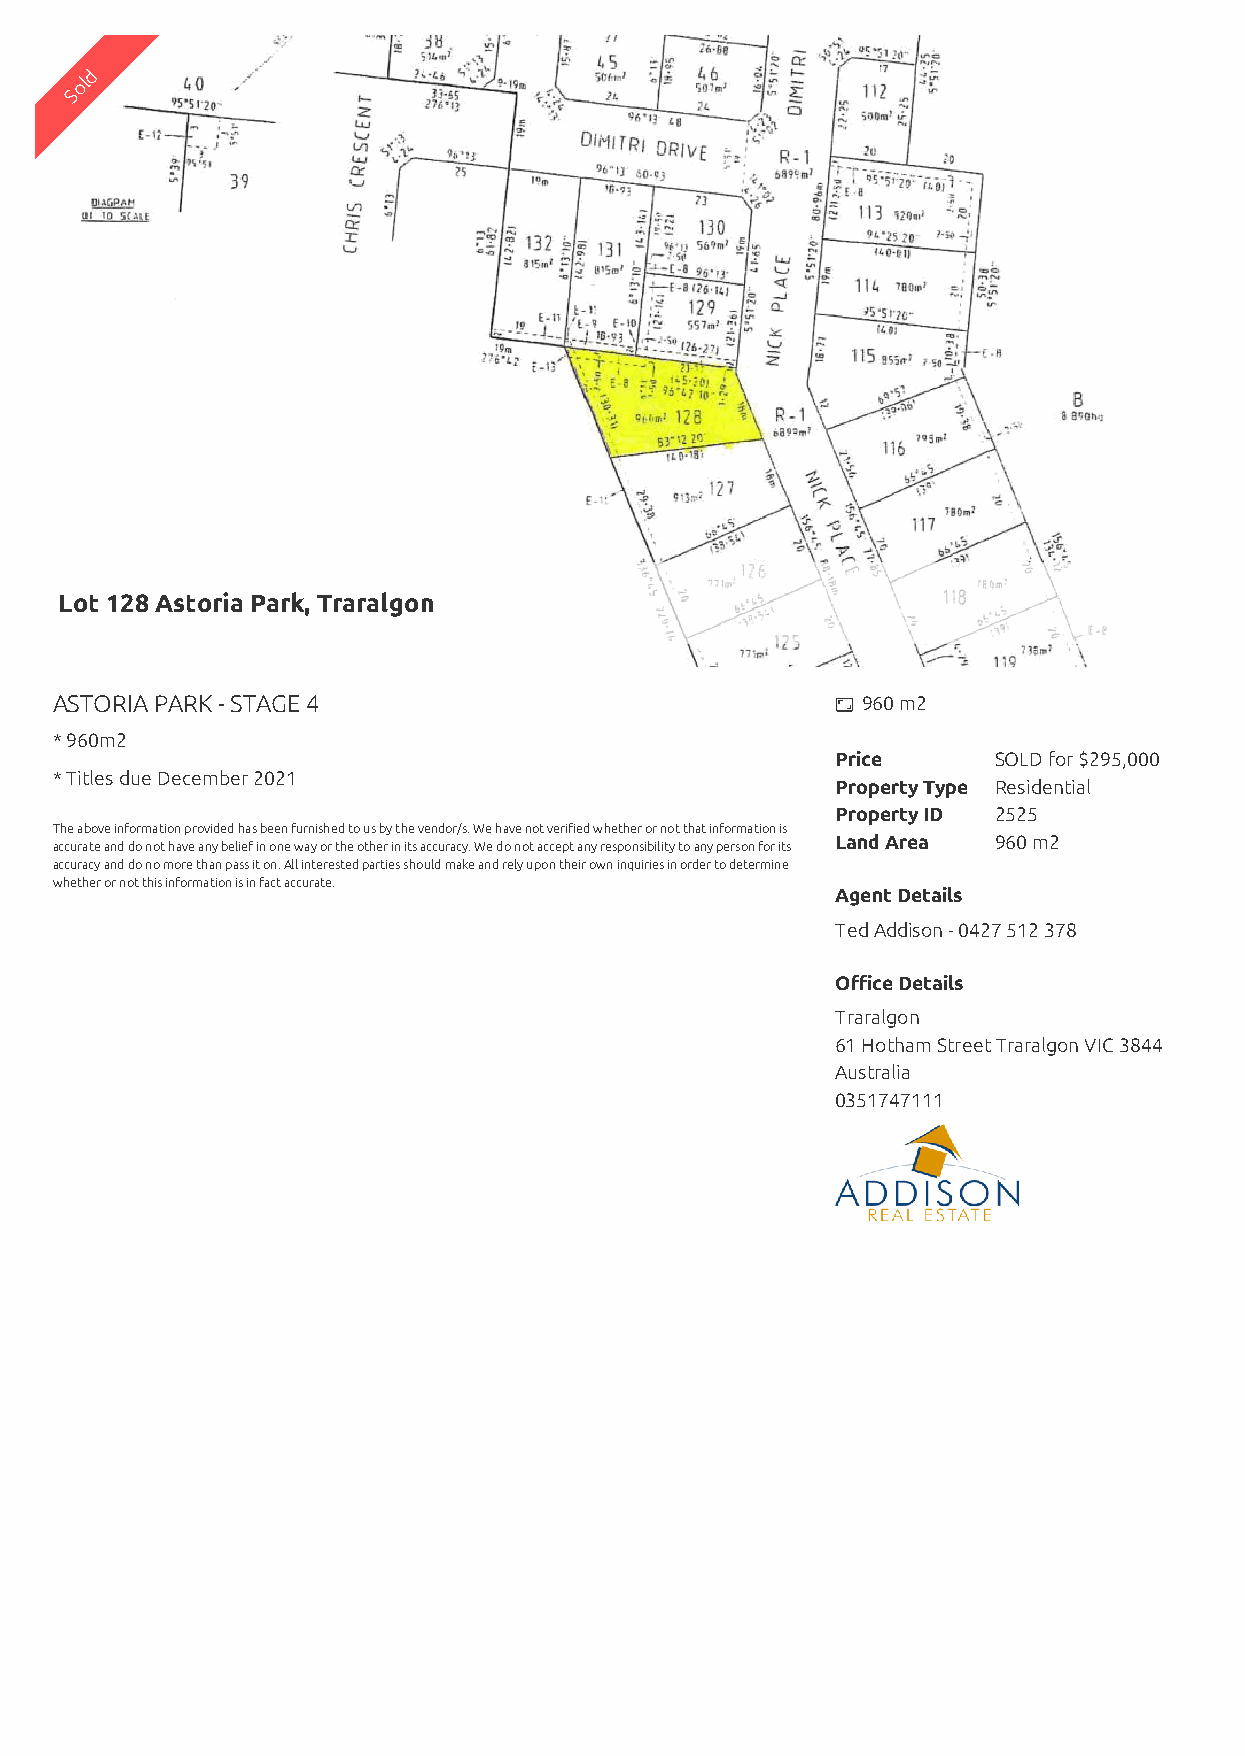
d
 ol
 S
 Lot 128 Astoria Park, Traralgon
 ASTORIA PARK - STAGE 4                               960 m2
 * 960m2
 Price      SOLD for $295,000
 * Titles due December 2021
 Property Type Residential
 Property ID 2525
 The above information provided has been furnished to us by the vendor/s. We have not verified whether or not that information is
 Land Area  960 m2
 accurate and do not have any belief in one way or the other in its accuracy. We do not accept any responsibility to any person for its
 accuracy and do no more than pass it on. All interested parties should make and rely upon their own inquiries in order to determine
 whether or not this information is in fact accurate.
 Agent Details
 Ted Addison - 0427 512 378
 Office Details
 Traralgon
 61 Hotham Street Traralgon VIC 3844
 Australia
 0351747111